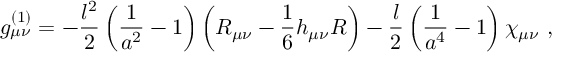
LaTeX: g _ { \mu \nu } ^ { ( 1 ) } = - { \frac { l ^ { 2 } } { 2 } } \left( { \frac { 1 } { a ^ { 2 } } } - 1 \right) \left( R _ { \mu \nu } - { \frac { 1 } { 6 } } h _ { \mu \nu } R \right) - { \frac { l } { 2 } } \left( { \frac { 1 } { a ^ { 4 } } } - 1 \right) \chi _ { \mu \nu } \ ,